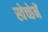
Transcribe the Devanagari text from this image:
स्वेच्छेनें